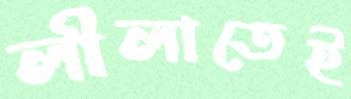
লীলাতেই